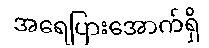
အရေပြားအောက်ရှိ